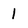
Character: 1